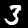
Digit: 3